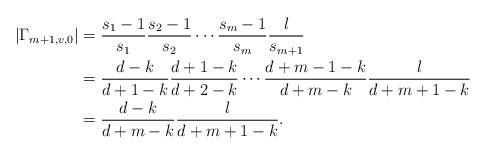
LaTeX: \begin{align*}|\Gamma_{m+1,v,0}|&=\frac{s_1-1}{s_1}\frac{s_2-1}{s_2}\cdots\frac{s_m-1}{s_m}\frac{l}{s_{m+1}}\\&=\frac{d-k}{d+1-k}\frac{d+1-k}{d+2-k}\cdots\frac{d+m-1-k}{d+m-k}\frac{l}{d+m+1-k}\\&=\frac{d-k}{d+m-k}\frac{l}{d+m+1-k}.\end{align*}